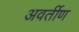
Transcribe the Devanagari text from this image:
अवर्तीण